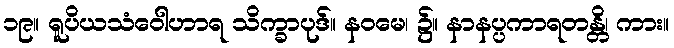
၁၉။ ရူပိယသံဝေါဟာရ သိက္ခာပုဒ်။ နဝမေ၊ ၌။ နာနပ္ပကာရတန္တိ၊ ကား။